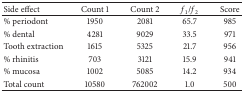
<table><thead><tr><td><b>Side effect</b></td><td><b>Count 1</b></td><td><b>Count 2</b></td><td><b><i>f</i><sub>1</sub>/<i>f</i><sub>2</sub></b></td><td><b>Score</b></td></tr></thead><tbody><tr><td>% periodont</td><td>1950</td><td>2081</td><td>65.7</td><td>985</td></tr><tr><td>% dental</td><td>4281</td><td>9029</td><td>33.5</td><td>971</td></tr><tr><td>Tooth extraction</td><td>1615</td><td>5325</td><td>21.7</td><td>956</td></tr><tr><td>% rhinitis</td><td>703</td><td>3121</td><td>15.9</td><td>941</td></tr><tr><td>% mucosa</td><td>1002</td><td>5085</td><td>14.2</td><td>934</td></tr><tr><td>Total count</td><td>10580</td><td>762002</td><td>1.0</td><td>500</td></tr></tbody></table>